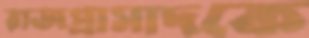
রাজপ্রাসাদকে